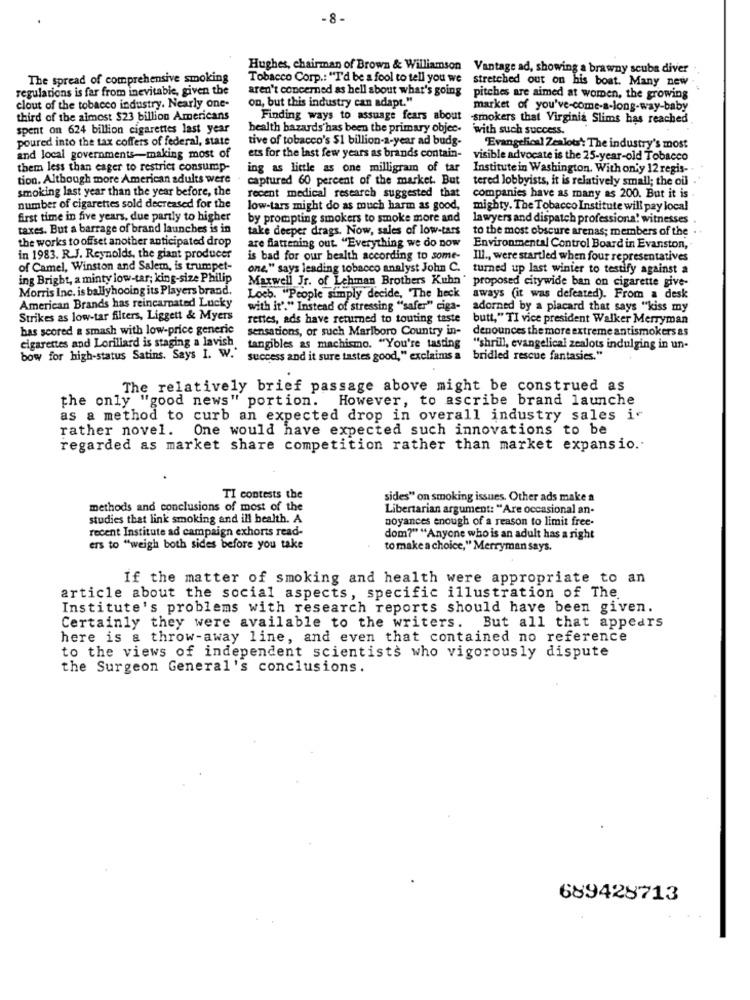
-8-
Hughes, chairman of Brown & Williamson Vantage ad, showing a brawny scuba diver
The spread of comprehensive smoking
Tobacco Corp .: "I'd be a fool to tell you we stretched out on his boat. Many new
regulations is far from inevitable, given the
on, but this industry can adapt."
aren't concerned as hell about what's going pitches are aimed at women, the growing
clout of the tobacco industry. Nearly one-
market of you've-come-a-long-way-baby
third of the almost $23 billion Americans
Finding ways to assuage fears about smokers that Virginia Slims has reached
spent on 624 billion cigarettes last year
health hazards has been the primary objec-
with such success.
poured into the tax coffers of federal, state
tive of tobacco's $1 billion-a-year ad budg-
"Evangelical Zealous: The industry's most
and local governments-making most of
ets for the last few years as brands contain-
visible advocate is the 25-year-old Tobacco
them less than eager to restrict consump-
ing as little as one milligram of tar
Institute in Washington, With only 12 regis-
tion. Although more American adults were
captured 60 percent of the market. But
tered lobbyists, it is relatively small; the ou
smoking last year than the year before, the
recent medical research suggested that
companies have as many as 200. But it is
number of cigarettes sold decreased for the
low-tars might do as much harm as good,
mighty. The Tobacco Institute will pay local
first time in five years, due partly to higher
by prompting smokers to smoke more and
lawyers and dispatch professiona! witnesses
taxes. But a barrage of brand launches is in
take deeper drags. Now, sales of low-tars
to the most obscure arenas; members of the
the works to offset another anticipated drop
are fiattening out. "Everything we do now
Environmental Control Board in Evanston,
in 1983. R.J. Reynolds, the giant producer
is bad for our health according to some-
Ill ., were startled when four representatives
of Camel, Winston and Salem, is trumpet-
one," says leading tobacco analyst John C. turned up last winter to testify against a
ing Bright, a minty low-tar; king-size Philip
Maxwell Jr. of Lehman Brothers Kuhn' proposed citywide ban on cigarette give-
Morris Inc. is ballyhooing its Players brand.
Loeb. "People simply decide, The heck
aways (it was defeated). From a desk
American Brands has reincarnated Lucky
with it'." Instead of stressing "safer" ciga-
adorned by a placard that says "kiss my
Strikes as low-tar filters, Liggett & Myers
rettes, ads have returned to touting taste
butt," TI vice president Walker Merryman
has scored a smash with low-price generic
sensations, or such Marlboro Country in-
denounces the more extreme antismokers as
cigarettes and Lorillard is staging a lavish.
tangibles as machismo. "You're tasting "shrill, evangelical zealots indulging in un-
bow for high-status Satins. Says I. W."
success and it sure tastes good," exclaims a bridled rescue fantasies."
The relatively brief passage above might be construed as
However, to ascribe brand launche
the only "good news" portion.
as a method to curb an expected drop in overall industry sales i
rather novel.
One would have expected such innovations to be
regarded as market share competition rather than market expansio.
TI contests the
sides" on smoking issues. Other ads make a
methods and conclusions of most of the
Libertarian argument: "Are occasional an-
studies that link smoking and ill health. A
noyances enough of a reason to limit free-
recent Institute ad campaign exhorts read-
dom?" "Anyone who is an adult has a right
ers to "weigh both sides before you take
to make a choice," Merryman says.
If the matter of smoking and health were appropriate to an
article about the social aspects, specific illustration of The.
Institute's problems with research reports should have been given.
Certainly they were available to the writers. But all that appears
here is a throw-away line, and even that contained no reference
to the views of independent scientists who vigorously dispute
the Surgeon General's conclusions.
689428713